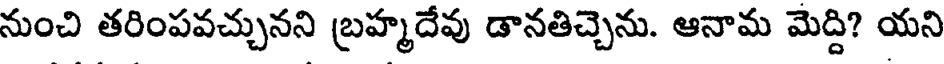
నుంచి తరింపవచ్చునని బ్రహ్మదేవు డానతిచ్చెను. ఆనామ మెద్ది? యని